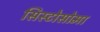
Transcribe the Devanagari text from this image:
सिस्टोसोमा